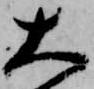
大